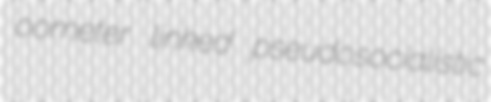
oometer linked pseudosocialistic